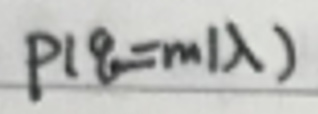
$p \vert \theta = m \vert \lambda )$